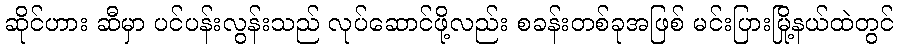
ဆိုင်ဟား ဆီမှာ ပင်ပန်းလွန်းသည် လုပ်ဆောင်ဖို့လည်း စခန်းတစ်ခုအဖြစ် မင်းပြားမြို့နယ်ထဲတွင်